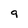
Character: 9